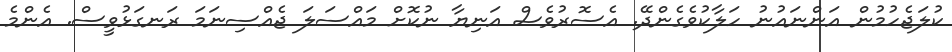
ކުލަޖެހުމުން އަންނައުނު ހަލާކުވެގެންދޭ. އެސޮރުވެސް އަނިޔާ ނުކޮށް މައްސަލަ ޖެއްސިނަމަ ރަނގަޅުވީސް. އެންމެ